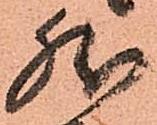
然